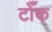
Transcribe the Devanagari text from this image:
टोँक